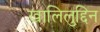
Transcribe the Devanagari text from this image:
खालिलुद्दिन